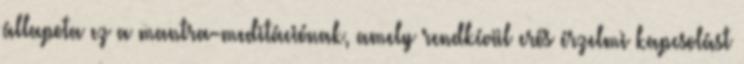
állapota ez a mantra-meditációnak, amely rendkívül erős érzelmi kapcsolást